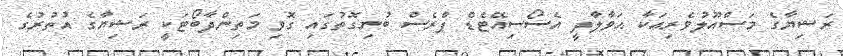
ރަޝިޔާގެ މަސްއޫލުވެރިއަކާ ޙަވާލާދީ އެސޯސިއޭޓެޑް ޕްރެސް ބުނިގޮތުގައި ގޮވި މަތިންދާބޯޓަކީ ރަޝިޔާގެ އުތުރުގެ